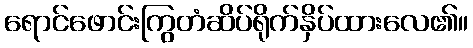
ရောင်ဖောင်းကြွတံဆိပ်ရိုက်နှိပ်ထားလေ၏။